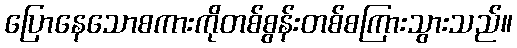
ပြောနေသောစကားကိုတစ်စွန်းတစ်စကြားသွားသည်။